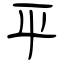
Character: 平